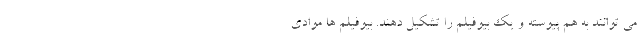
می توانند به هم پیوسته و یک بیوفیلم را تشکیل دهند. بیوفیلم ها موادی